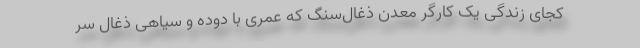
کجای زندگی یک کارگر معدن ذغال‌سنگ که عمری با دوده و سیاهی ذغال سر